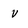
Character: V